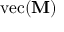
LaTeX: \mathrm { v e c } ( \mathbf { M } )